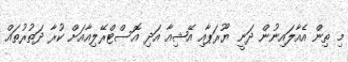
މި ތިން އެއާލައިނުން ދަނީ ޔޫރަޕާއި އޭޝިއާ އަދި އޮސްޓްރޭލިއާއަށް ކުރާ ދަތުރުތައް